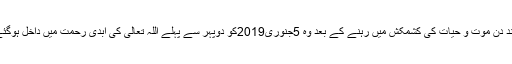
چند دن موت و حیات کی کشمکش میں رہنے کے بعد وہ 5جنوری2019کو دوپہر سے پہلے اللہ تعالیٰ کی ابدی رحمت میں داخل ہوگئے۔